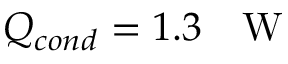
Q _ { c o n d } = 1 . 3 \textrm { ~ W }